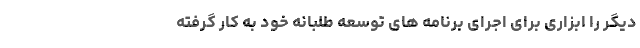
دیگر را ابزاری برای اجرای برنامه های توسعه طلبانه خود به کار گرفته